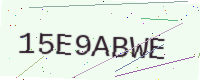
Text: 15E9ABWE